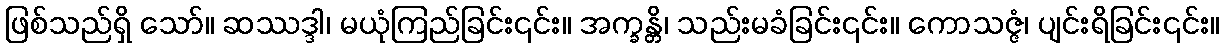
ဖြစ်သည်ရှိ သော်။ ဆဿဒ္ဒါ၊ မယုံကြည်ခြင်း၎င်း။ အက္ခန္တိ၊ သည်းမခံခြင်း၎င်း။ ကောသဇ္ဇံ၊ ပျင်းရိခြင်း၎င်း။